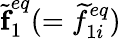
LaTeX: \widetilde{\textbf{f}}_{1}^{eq}(=\widetilde{f}_{1i}^{eq})